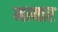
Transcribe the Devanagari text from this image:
मायार